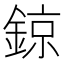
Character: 鍄